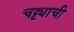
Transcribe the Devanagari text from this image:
चट्ट्याची